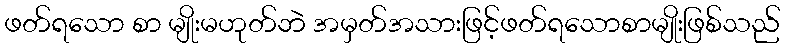
ဖတ်ရသော စာ မျိုးမဟုတ်ဘဲ အမှတ်အသားဖြင့်ဖတ်ရသောစာမျိုးဖြစ်သည်